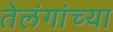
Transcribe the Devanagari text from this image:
तेलंगांच्या